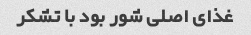
غذای اصلی شور بود با تشکر